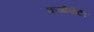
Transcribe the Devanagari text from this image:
कर्जापोटी